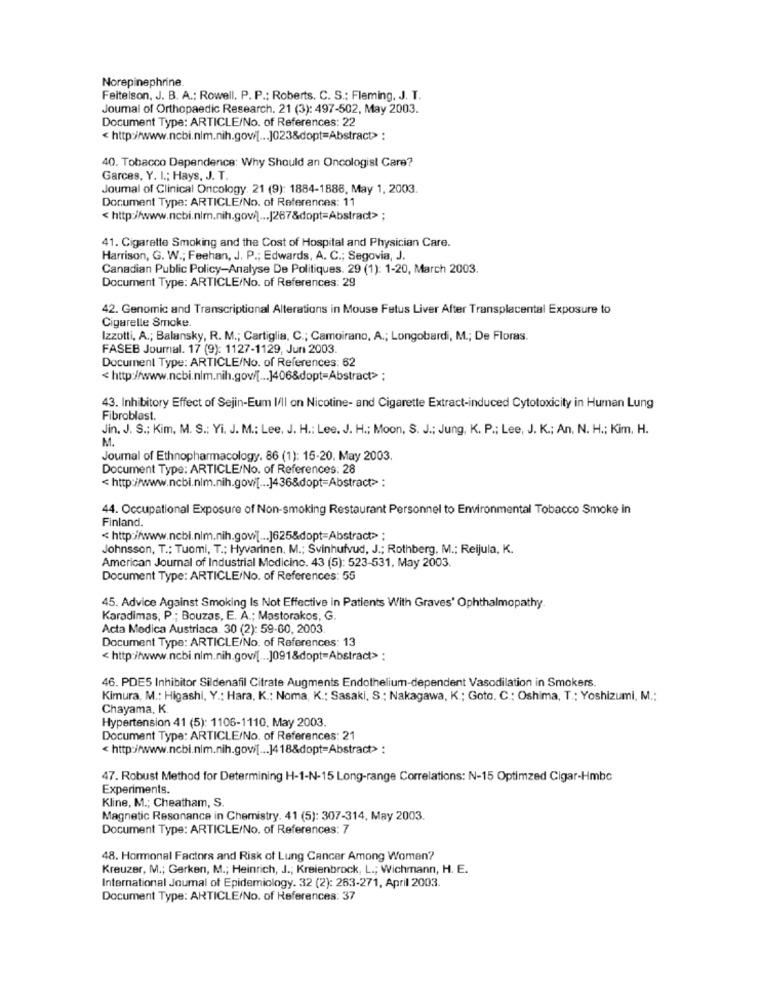
Norepinephrine.
Feitelson, J. B. A .; Rowell. P. P .: Roberts. C. S .: Fleming, J. T.
Journal of Orthopaedic Research. 21 (3): 497-502, May 2003.
Document Type: ARTICLE/No. of References: 22
< http://www.ncbi.nlm.nih.gow[ ... ]023&dopt=Abstract> :
40. Tobacco Dependence: Why Should an Oncologist Care?
Garces, Y. I .; Hays, J. T.
Journal of Clinical Oncology. 21 (9): 1884-1888, May 1, 2003.
Document Type: ARTICLE/No. of References: 11
<http://www.ncbi.nlm.nih.gov/] ... [267&dopt=Abstract>
41. Cigarette Smoking and the Cost of Hospital and Physician Care.
Harrison, G. W .; Feehan, J. P .; Edwards, A. C .; Segovia, J.
Canadian Public Policy-Analyse De Politiques. 29 (1): 1-20, March 2003.
Document Type: ARTICLE/No. of References: 29
42. Genomic and Transcriptional Alterations in Mouse Fetus Liver After Transplacental Exposure to
Cigarelle Smoke.
Izzotti, A .; Balansky, R. M .; Cartiglia, C .; Camoirano, A .; Longobardi, M .; De Floras.
FASEB Journal. 17 (9): 1127-1129, Jun 2003
Document Type: ARTICLE/No. of References: 62
< http://www.ncbi.nlm.nih.gov/[ ... ]406&dopt-Abstract> ;
43. Inhibitory Effect of Sejin-Eum I'll on Nicotine- and Cigarette Extract-induced Cytotoxicity in Human Lung
Fibroblast.
Jin. J. S .; Kim, M. S .: Yi. J. M .: Lee, J. H .: Lee. J. H .; Moon, S. J .; Jung, K. P .; Lee, J. K .; An. N. H .; Kim. H.
M.
Joumal of Ethnopharmacology. 86 (1): 15-20. May 2003.
Document Type: ARTICLE/No. of References: 28
< http://www.ncbi.nlm.nih.gov/[ ... ]436&dopt=Abstract> :
44. Occupational Exposure of Non-smoking Restaurant Personnel to Environmental Tobacco Smoke in
Finland.
< http:/www.ncbi.nim.nih.gow[ ... ]625&dopt=Abstract> ;
Johnsson, T .; Tuomi, T .; Hyvarinen. M .; Svinhufvud, J .; Rothberg, M .; Reijula, K.
American Journal of Industrial Medicine. 43 (5): 523-531, May 2003.
Document Type: ARTICLE/No. of References: 55
45. Advice Against Smoking Is Not Effective in Patients With Graves' Ophthalmopathy.
Karadimas, P .; Bouzas, E. A .; Mastorakos, G.
Acta Medica Austriaca. 30 (2): 59-60, 2003.
Document Type: ARTICLE/No. of References: 13
<http://www.ncbi.nlm.nih.gov/[ ... ]091&dopt=Abstract> :
46. PDE5 Inhibitor Sildenafil Citrate Augments Endothelium-dependent Vasodilation in Smokers.
Kimura, M .: Higashi, Y .; Hara, K .: Noma, K .: Sasaki, S .; Nakagawa, K .; Goto. C .: Oshima, T .: Yoshizumi, M .;
Chayama, K.
Hypertension 41 (5): 1106-1110, May 2003.
Document Type: ARTICLE/No. of References: 21
< http://www.ncbi.nim.nih.govi[ ... ]4 18&dopt=Abstract> :
47. Robust Method for Determining H-1-N-15 Long-range Correlations: N-15 Optimzed Cigar-Hmbc
Experiments.
Kline, M .; Cheatham, S.
Magnetic Resonance in Chemistry. 41 (5): 307-314, May 2003.
Document Type: ARTICLE/No. of References: 7
48. Hormonal Factors and Risk of Lung Cancer Among Women?
Kreuzer, M .; Gerken, M .; Heinrich, J .; Kreienbrock, L .; Wichmann, H. E.
International Joumal of Epidemiology. 32 (2): 263-271, April 2003.
Document Type: ARTICLE/No. of References: 37